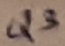
Text: Q3